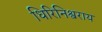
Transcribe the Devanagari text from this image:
धिरिनिश्वराय